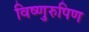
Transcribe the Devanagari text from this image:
विष्णुरुपिण